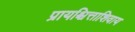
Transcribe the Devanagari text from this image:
प्रायश्चित्ताशिवाय